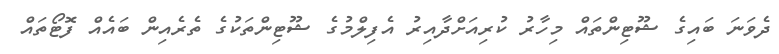
ދެވަނަ ބައިގެ ޝޫޓިންތައް މިހާރު ކުރިއަށްދާއިރު އެފިލްމުގެ ޝޫޓިންތަކުގެ ތެރެއިން ބައެއް ފޮޓޯތައް